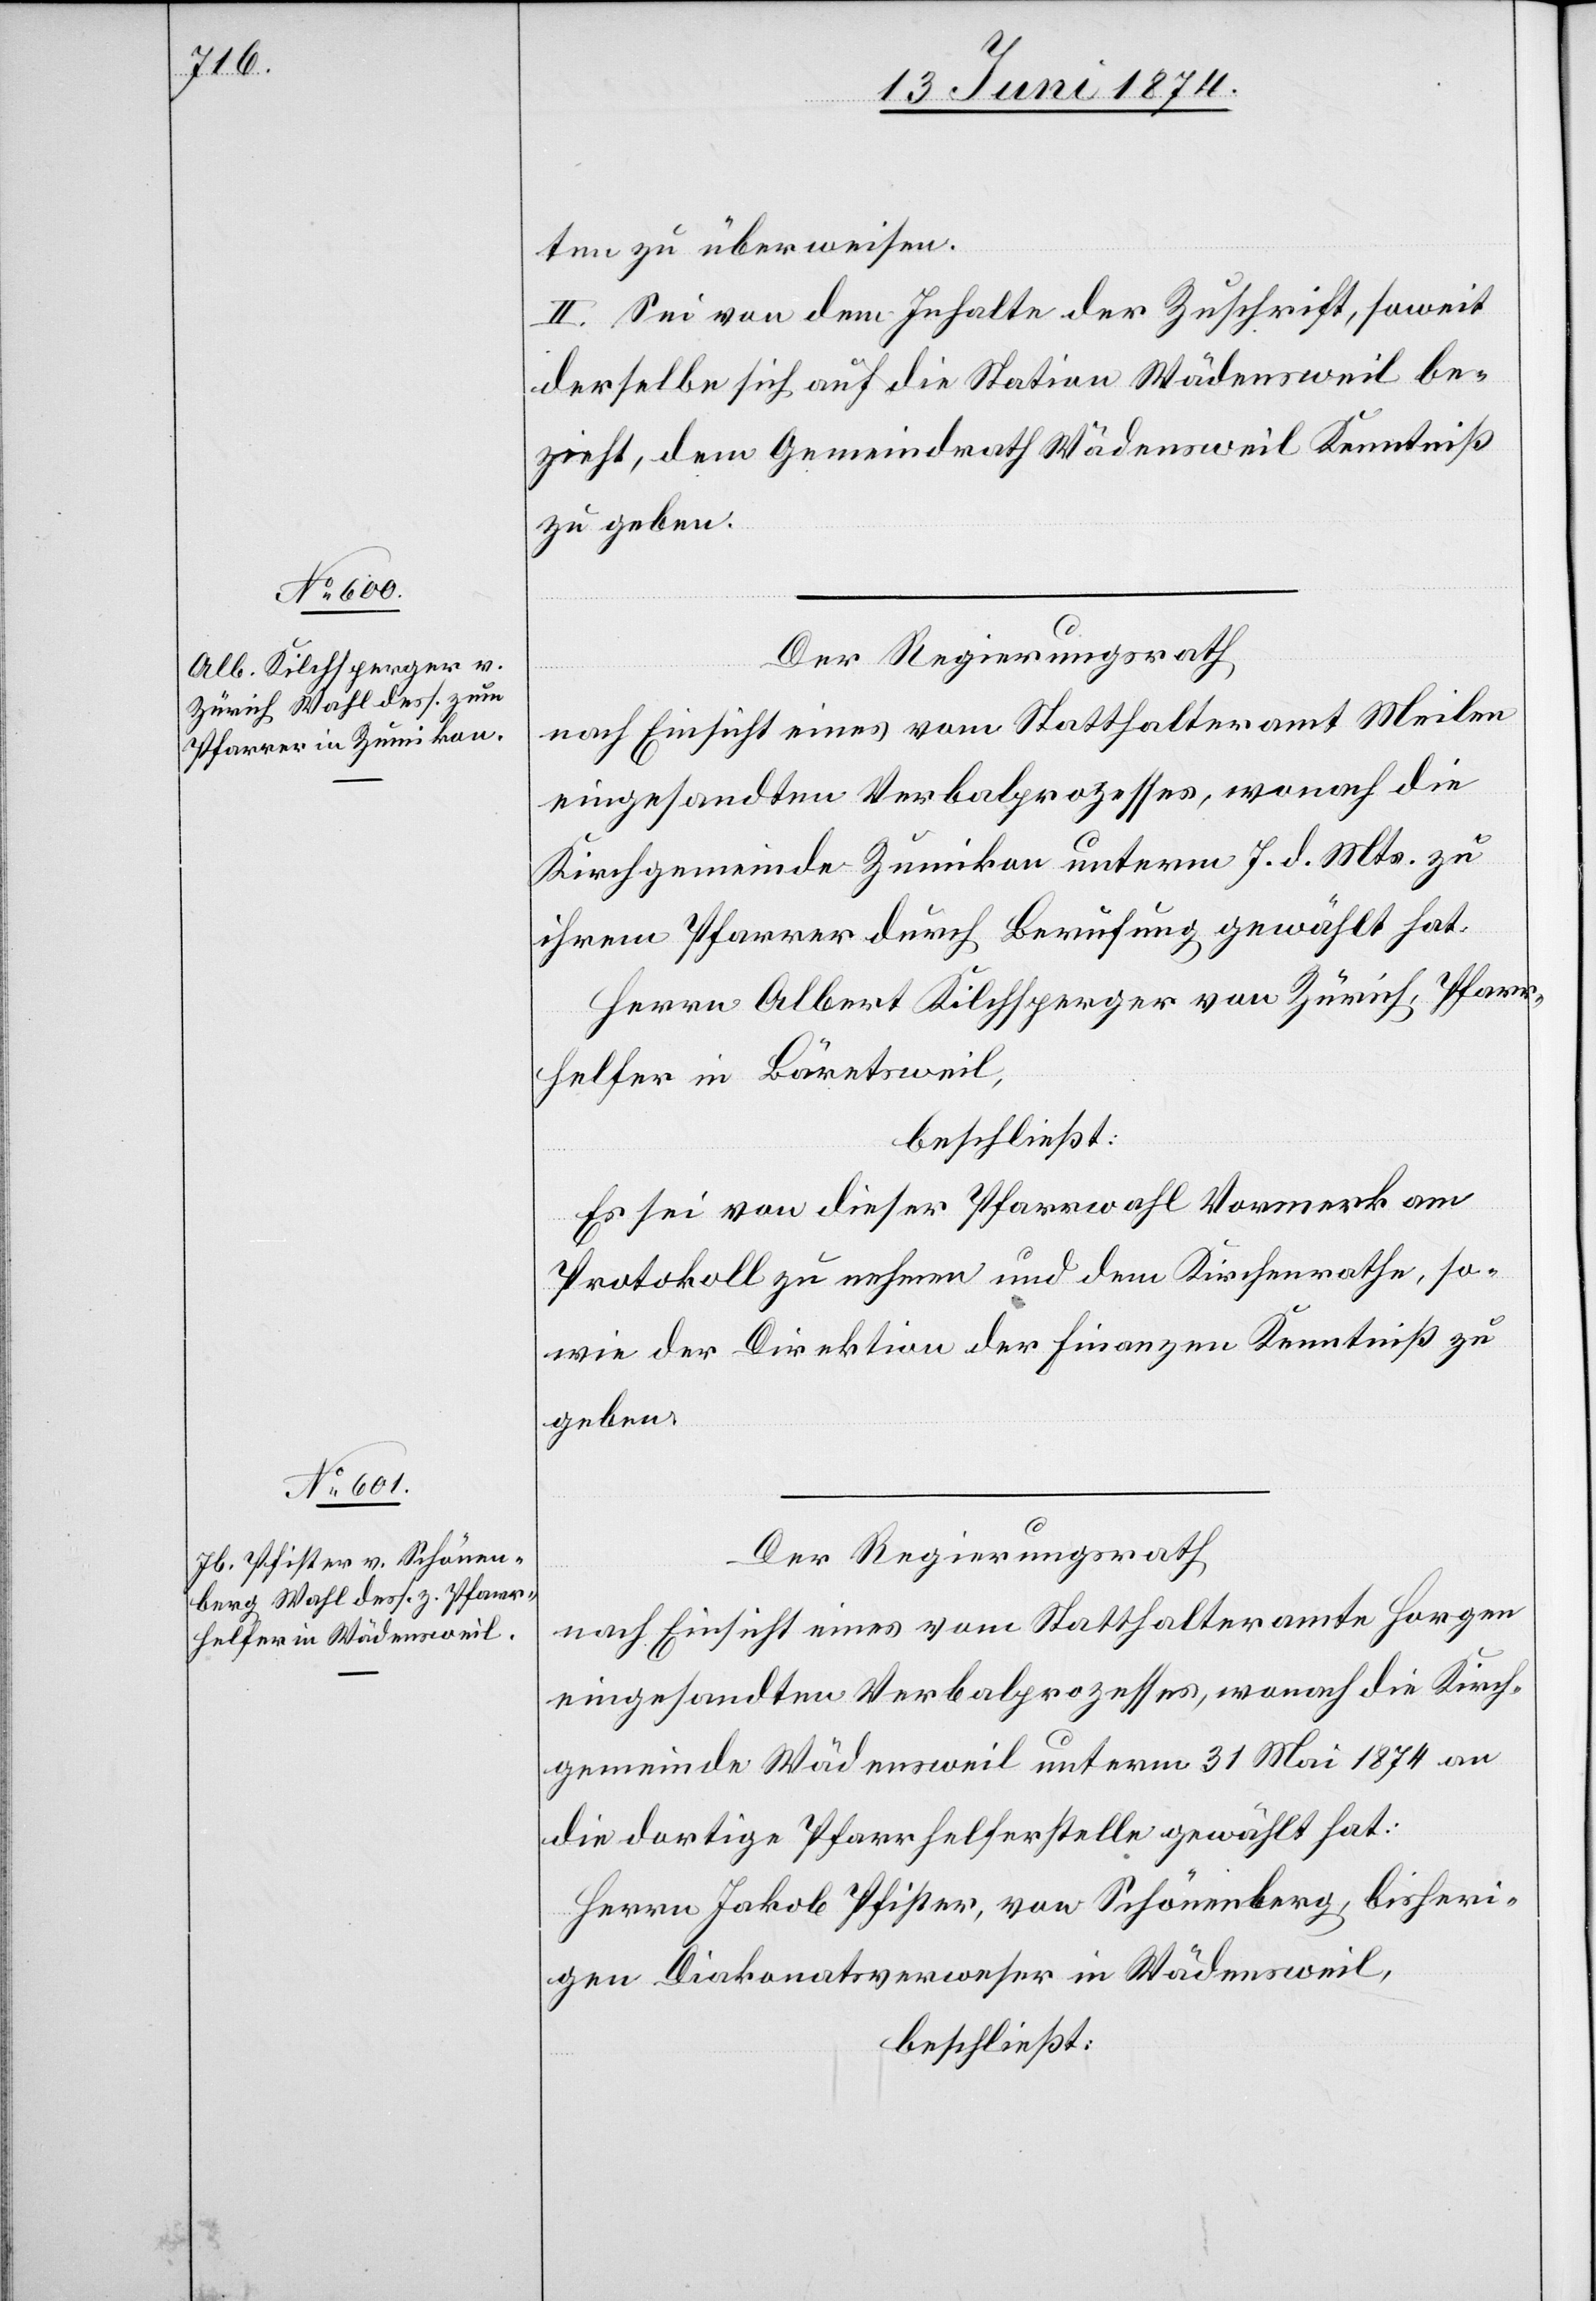
ten zu überweisen.
II. Sei von dem Inhalte der Zuschrift, soweit
derselbe sich auf die Station Wädensweil be¬
zieht, dem Gemeindrath Wädensweil Kenntniß
zu geben.
Der Regierungsrath,
nach Einsicht eines vom Statthalteramt Meilen
eingesandten Verbalprozesses, wonach die
Kirchgemeinde Zumikon unterm 7. d. Mts. zu
ihrem Pfarrer durch Berufung gewählt hat:
Herrn Albert Kilchsperger von Zürich, Pfarr¬
helfer in Bäretsweil,
beschließt:
Es sei von dieser Pfarrwahl Vormerk am
Protokoll zu nehmen und dem Kirchenrathe, so¬
wie der Direktion der Finanzen Kenntniß zu
geben.
Der Regierungsrath
nach Einsicht eines vom Statthalteramt Horgen
eingesandten Verbalprozesses, wonach die Kirch¬
gemeinde Wädensweil unterm 31. Mai 1874 an
die dortige Pfarrhelferstelle gewählt hat:
Herrn Jakob Pfister, von Schönenberg, bisheri¬
gen Diakonatsverweser in Wädensweil,
beschließt: